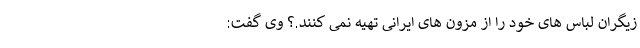
زیگران لباس های خود را از مزون های ایرانی تهیه نمی کنند.؟ وی گفت: